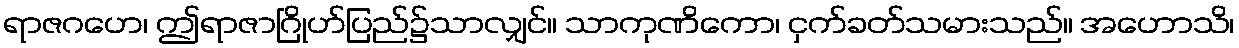
ရာဇဂဟေ၊ ဤရာဇာဂြိုဟ်ပြည်၌သာလျှင်။ သာကုဏိကော၊ ငှက်ခတ်သမားသည်။ အဟောသိ၊